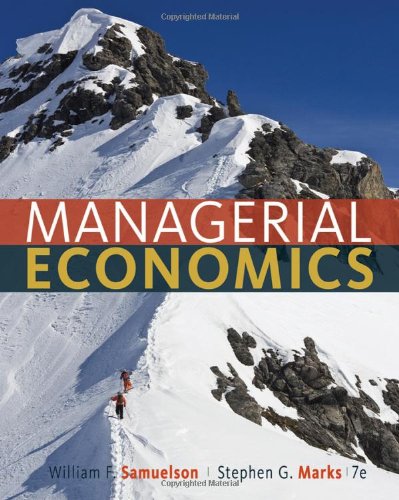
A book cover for Managerial Economics; William F. Samuelson; Business & Money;